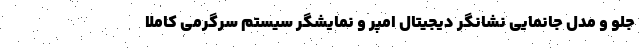
جلو و مدل جانمایی نشانگر دیجیتال امپر و نمایشگر سیستم سرگرمی کاملا